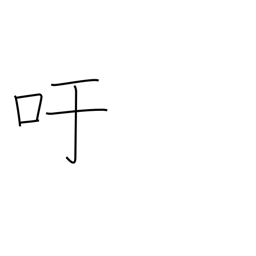
Meaning: exclamation